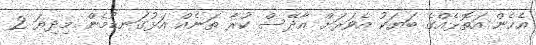
އެހެން އަތޮޅެއްގެ ބަޔަކު އެވަރަށް އާދޭސް ކުރާ ތަނެއް އަޅުގަނޑުމެން މިދިޔަ 2